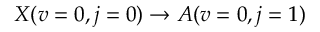
X ( v = 0 , j = 0 ) \to A ( v = 0 , j = 1 )